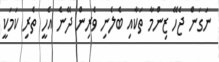
ނަގަން ޖެހޭ ޒިންމާ ތަކާއި ބެލެނި ވެރިން ދޭނެ އެހީ ތެރި ކަމަކީ